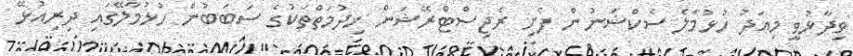
ވިދާޅުވީ މިއަދު ހުޅުމާލެ ސެކްޝަނުން ފެށި ރެޖިސްޓްރޭޝަން ޚިދުމަތްތަކުގެ ސަބަބުން ހުޅުމާލޭގައި ދިރިއުޅޭ